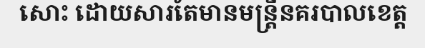
សោះ ដោយសារតែមានមន្ត្រីនគរបាលខេត្ត